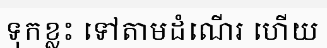
ទុកខ្លះ ទៅតាមដំណើរ ហើយ